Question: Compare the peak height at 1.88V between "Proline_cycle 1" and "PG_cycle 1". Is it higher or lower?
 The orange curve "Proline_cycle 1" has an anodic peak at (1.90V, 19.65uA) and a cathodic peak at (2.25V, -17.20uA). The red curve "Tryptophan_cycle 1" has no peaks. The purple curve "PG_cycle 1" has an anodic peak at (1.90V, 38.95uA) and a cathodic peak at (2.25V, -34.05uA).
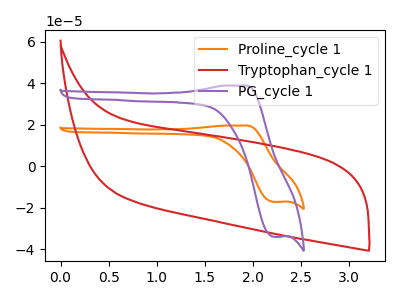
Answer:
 <answer>The peak at 1.88V is lower in "Proline_cycle 1" than in "PG_cycle 1".</answer>
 <eval>lower</eval>